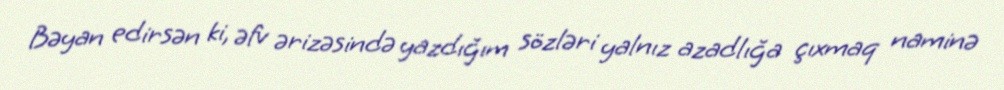
Bəyan edirsən ki, əfv ərizəsində yazdığım sözləri yalnız azadlığa çıxmaq naminə